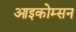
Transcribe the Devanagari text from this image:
आइकोम्सन